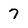
Character: 7